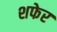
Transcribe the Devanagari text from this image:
शफेर